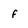
Character: f